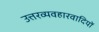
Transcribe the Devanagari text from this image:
उत्तरव्यवहारवादियों